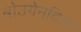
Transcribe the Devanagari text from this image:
बोउगेनविल